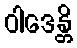
ဝါဒေန္တိ